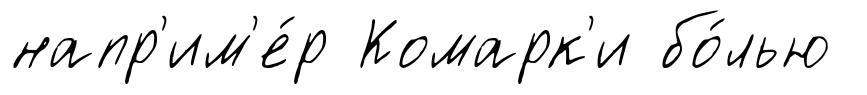
напр'им'е́р Комарк'и бо́лью